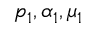
p _ { 1 } , \alpha _ { 1 } , \mu _ { 1 }